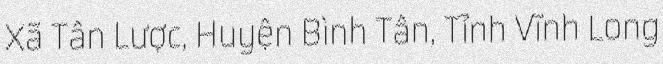
Xã Tân Lược, Huyện Bình Tân, Tỉnh Vĩnh Long